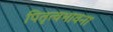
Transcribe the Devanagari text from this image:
पितृत्वभावना